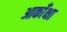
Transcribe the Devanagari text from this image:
आकाँक्षा